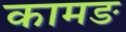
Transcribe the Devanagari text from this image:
कामङ